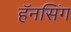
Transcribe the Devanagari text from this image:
हॅनसिंग